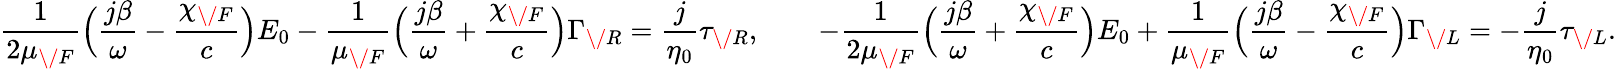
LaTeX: {\frac{1}{2\mu_{\/ F}}}\Big({\frac{j\beta}{\omega}}-{\frac{\chi_{\/ F}}{c}}\Big)E_{0}-{\frac{1}{\mu_{\/ F}}}\Big({\frac{j\beta}{\omega}}+{\frac{\chi_{\/ F}}{c}}\Big)\Gamma_{\/ R}={\frac{j}{\eta_{0}}}\tau_{\/ R},\qquad-{\frac{1}{2\mu_{\/ F}}}\Big({\frac{j\beta}{\omega}}+{\frac{\chi_{\/ F}}{c}}\Big)E_{0}+{\frac{1}{\mu_{\/ F}}}\Big({\frac{j\beta}{\omega}}-{\frac{\chi_{\/ F}}{c}}\Big)\Gamma_{\/ L}=-{\frac{j}{\eta_{0}}}\tau_{\/ L}.